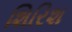
શિરિશ